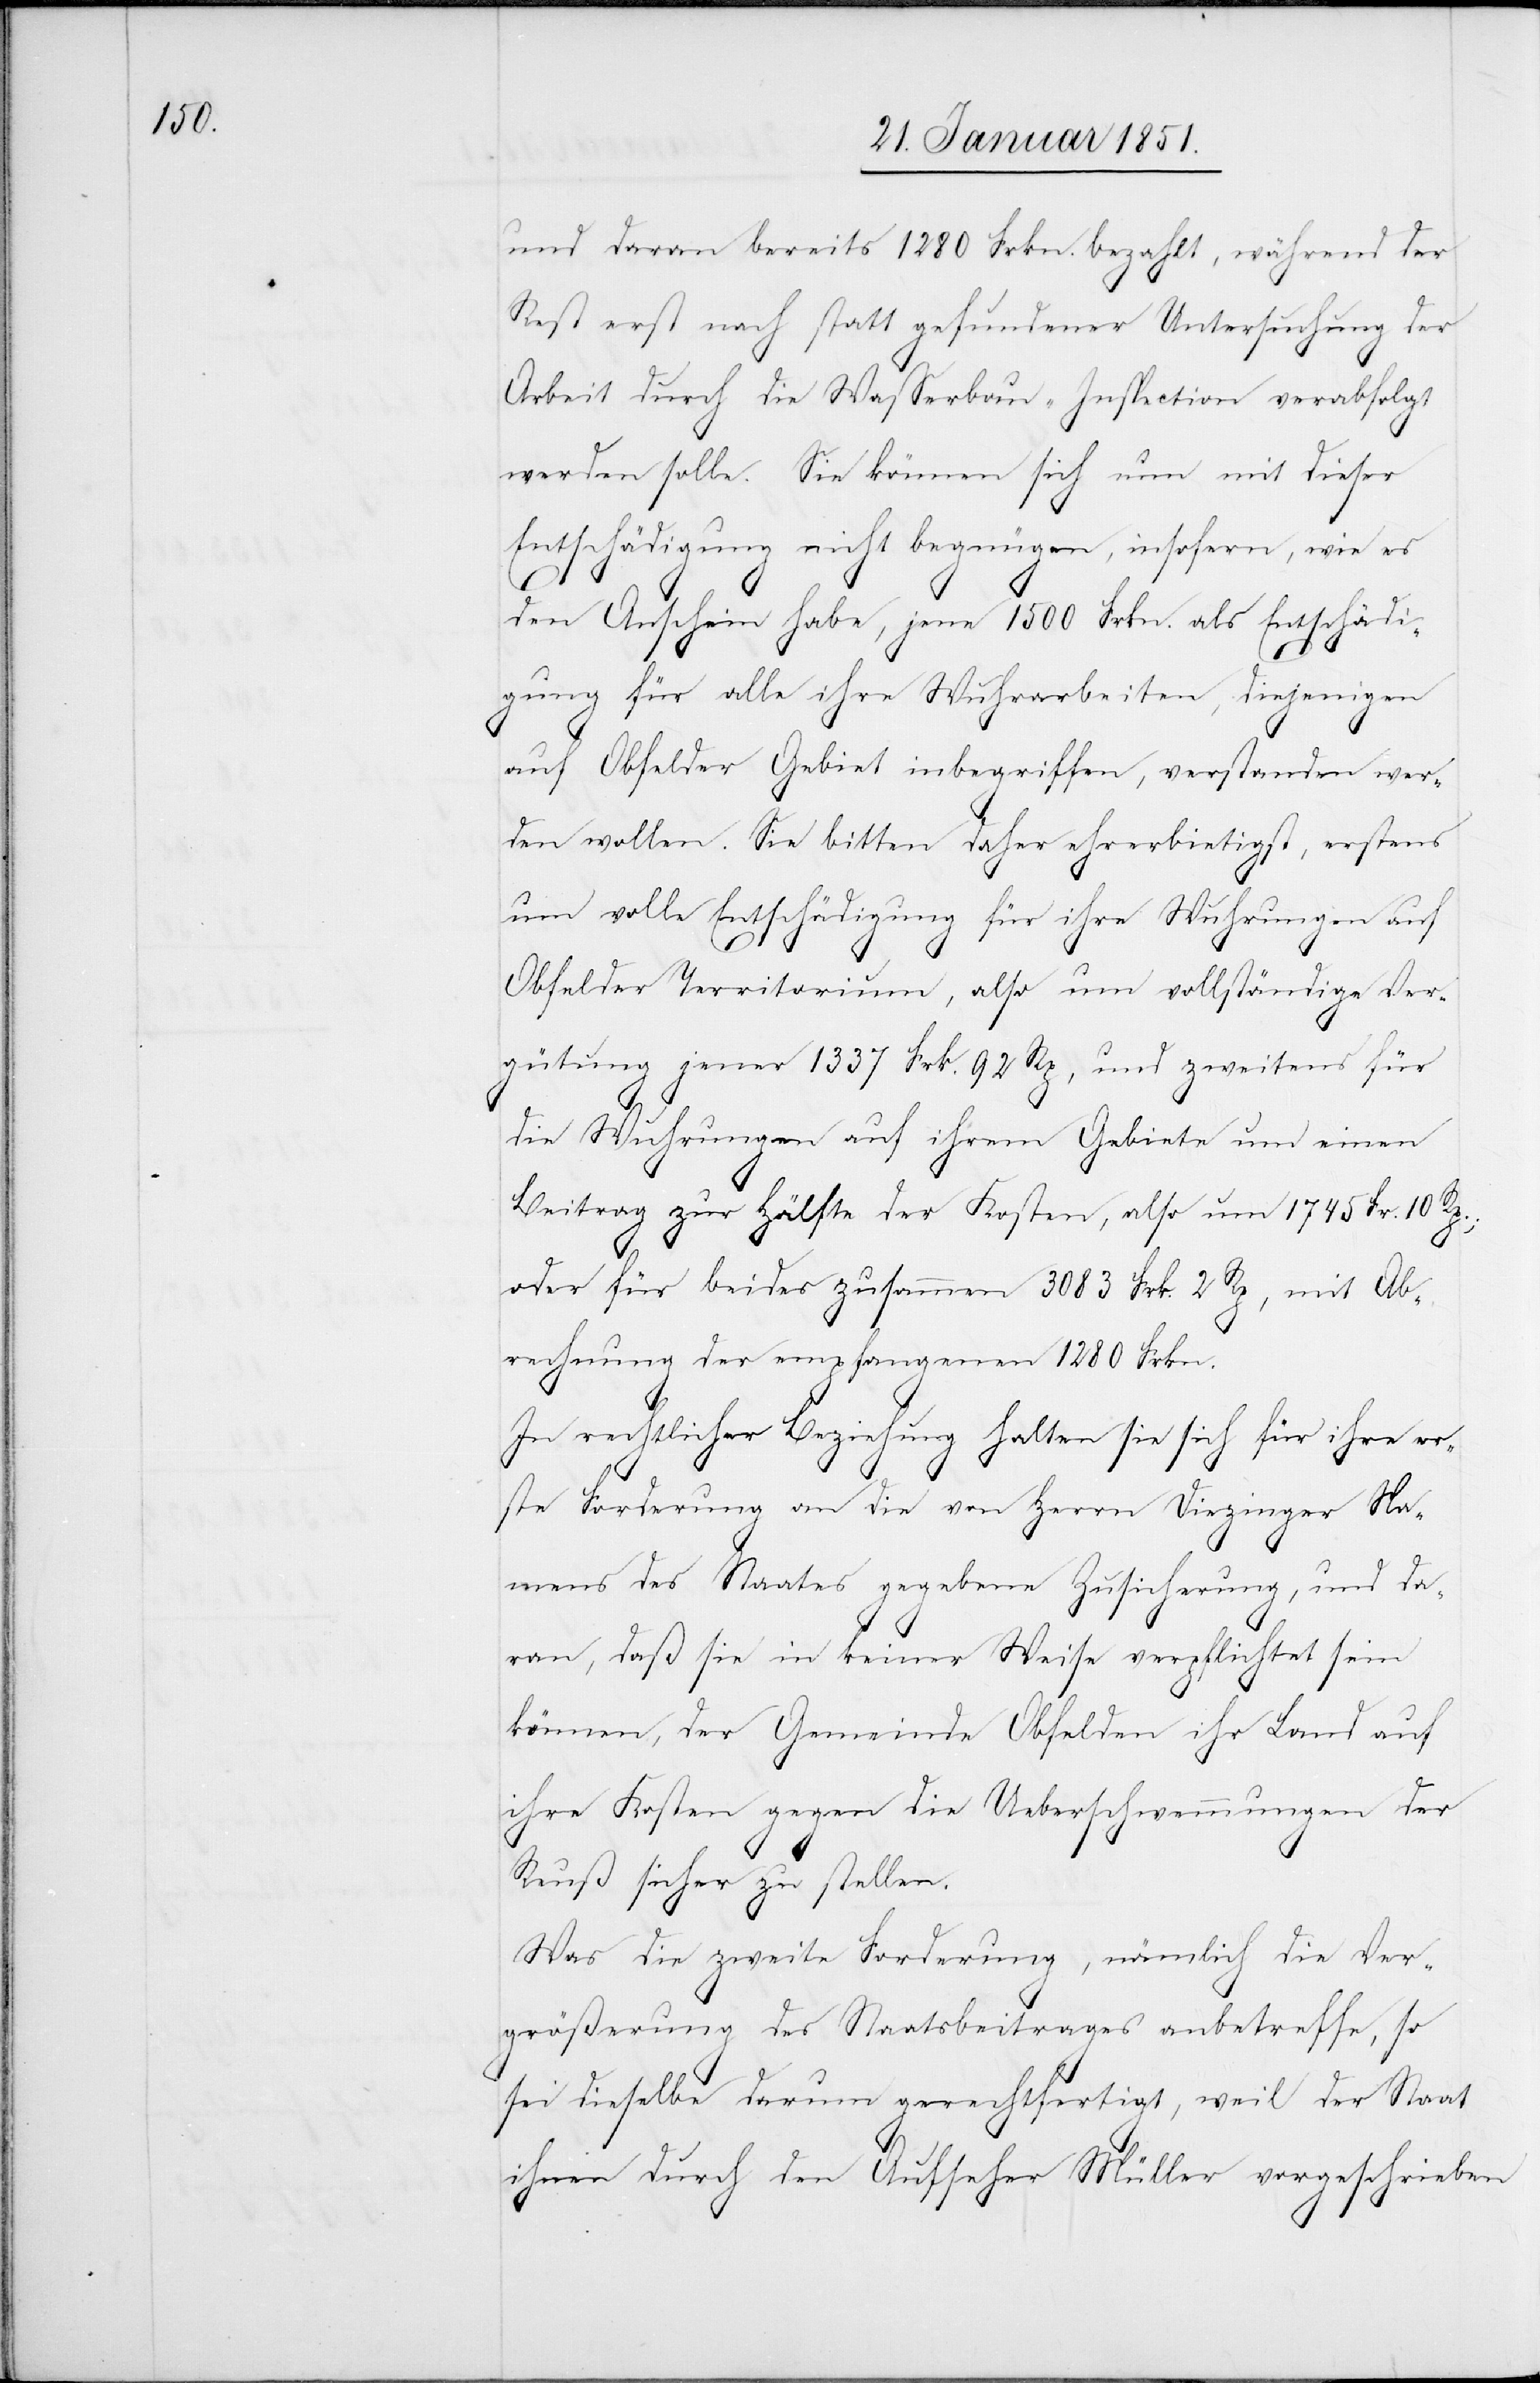
und daran bereits 1280 Frkn. bezahlt, während der
Rest erst nach statt gefundener Untersuchung der
Arbeit durch die Wasserbau-Inspection verabfolgt
werden solle. Sie können sich nun mit dieser
Entschädigung nicht begnügen, insofern, wie es
den Anschein habe, jene 1500 Frkn. als Entschädi¬
gung für alle ihre Wuhrarbeiten, diejenigen
auf Obfelder Gebiet inbegriffen, verstanden wer¬
den wollen. Sie bitten daher ehrerbietigst, erstens
um volle Entschädigung für ihre Wuhrungen auf
Obfelder Territorium, also um vollständige Ver¬
gütung jener 1337 Frk. 92 Rp., und zweitens für
die Wuhrungen auf ihrem Gebiete um einen
Beitrag zur Hälfte der Kosten, also um 1745 Fr. 10 Rp.;
oder für beides zusammen 3083 Frk. 2 Rp, mit Ab¬
rechnung der empfangenen 1280 Frkn.
In rechtlicher Beziehung halten sie sich für ihre er¬
ste Forderung an die von Herrn Diezinger Na¬
mens des Staates gegebene Zusicherung, und da¬
ran, daß sie in keiner Weise verpflichtet sein
können, der Gemeinde Obfelden ihr Land auf
ihre Kosten gegen die Ueberschwemmungen der
Reuß sicher zu stellen.
Was die zweite Forderung, nämlich die Ver¬
größerung des Staatsbeitrages anbetreffe, so
sei dieselbe darum gerechtfertigt, weil der Staat
ihnen durch den Aufseher Müller vorgeschrieben